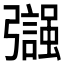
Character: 𢐵